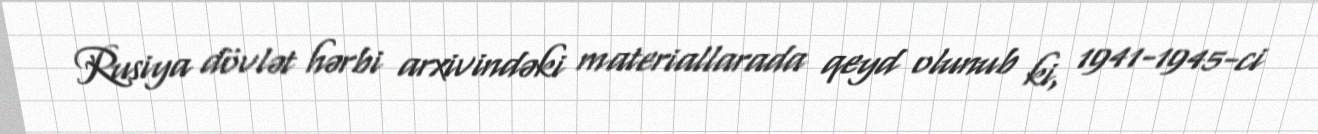
Rusiya dövlət hərbi arxivindəki materiallarada qeyd olunub ki, 1941-1945-ci